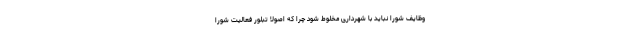
وظایف شورا نباید با شهرداری مخلوط شود چرا که اصولاً تبلور فعالیت شورا